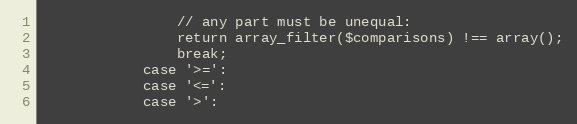
Language: PHP
                // any part must be unequal:
                return array_filter($comparisons) !== array();
                break;
            case '>=':
            case '<=':
            case '>':